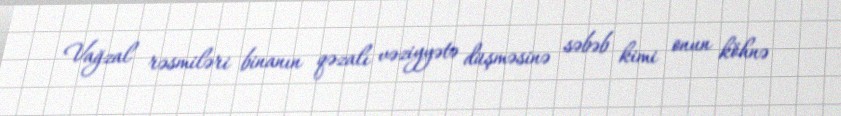
Vağzal rəsmiləri binanın qəzalı vəziyyətə düşməsinə səbəb kimi onun köhnə